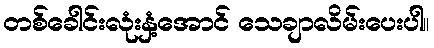
တစ်ခေါင်းလုံးနှံ့အောင် သေချာလိမ်းပေးပါ။